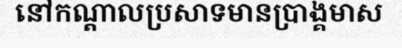
នៅកណ្តាលប្រសាទមានប្រាង្គមាស